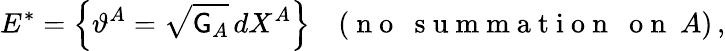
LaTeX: E^{*}=\left\{ \vartheta^{A}=\sqrt{\mathsf{G}_{A}}\, dX^{A}\right\} \quad(\mathrm{~n~o~~~s~u~m~m~a~t~i~o~n~~~o~n~}~A)\, ,